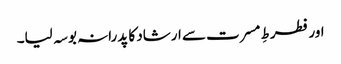
اور فطرطِ مسرت سے ارشاد کا پدرانہ بوسہ لیا۔